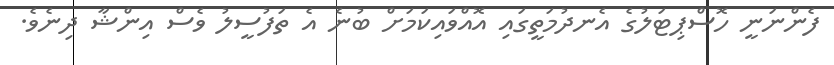
ފެންނަނީ ހޮސްޕިޓަލުގެ އެނދުމަތީގައި އޮއްވައިކަމަށް ބުނެ އެ ތަފުސީލު ވެސް އިންޝާ ދިނެވެ.